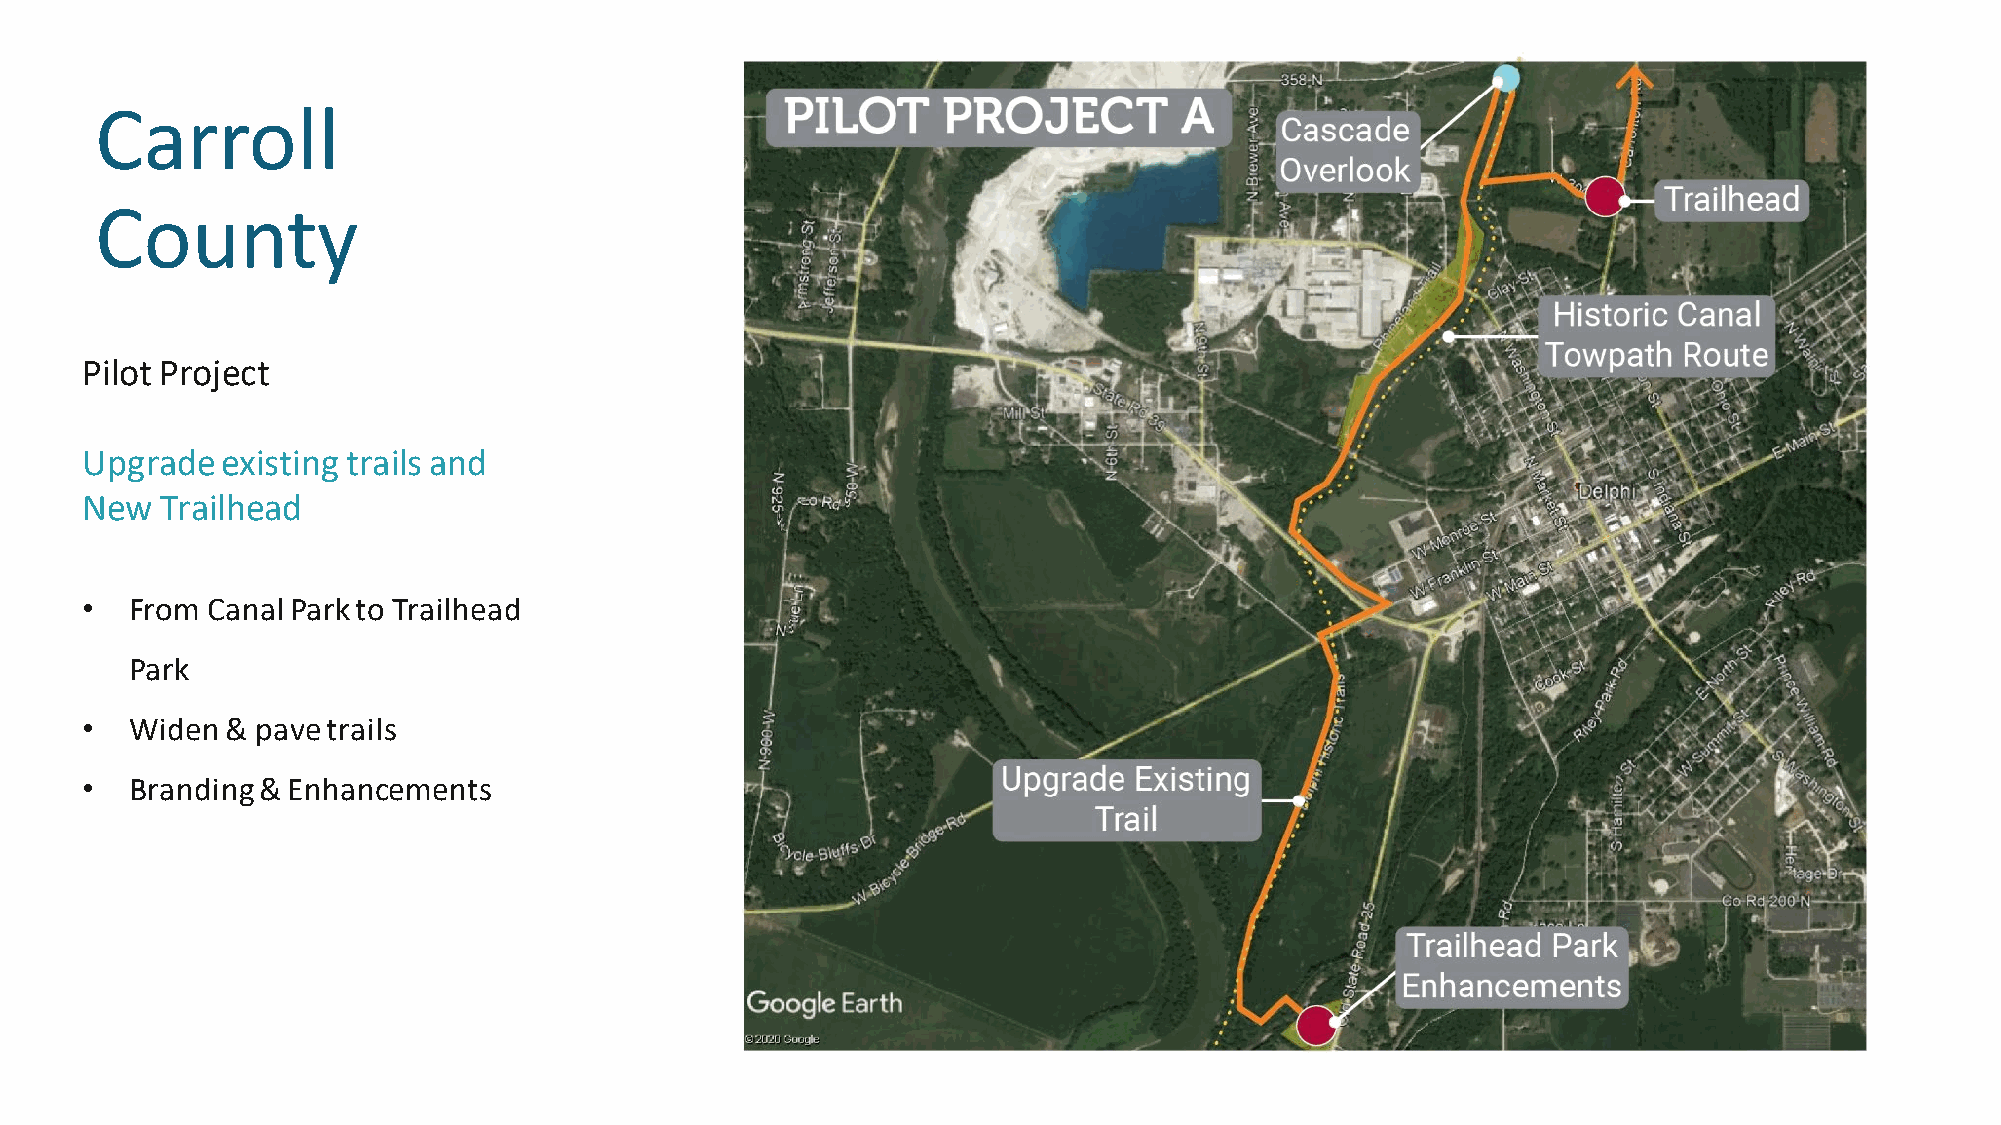
Carroll
 County
 Pilot Project
 Upgrade   existing trails and
 New   Trailhead
 •   From Canal Park to Trailhead
 Park
 •   Widen & pave trails
 •   Branding & Enhancements